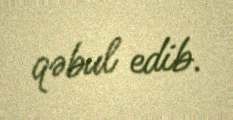
qəbul edib.